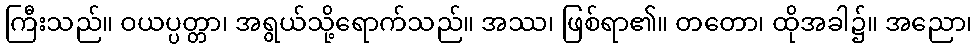
ကြီးသည်။ ဝယပ္ပတ္တာ၊ အရွယ်သို့ရောက်သည်။ အဿ၊ ဖြစ်ရာ၏။ တတော၊ ထိုအခါ၌။ အညော၊